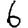
Digit: 6